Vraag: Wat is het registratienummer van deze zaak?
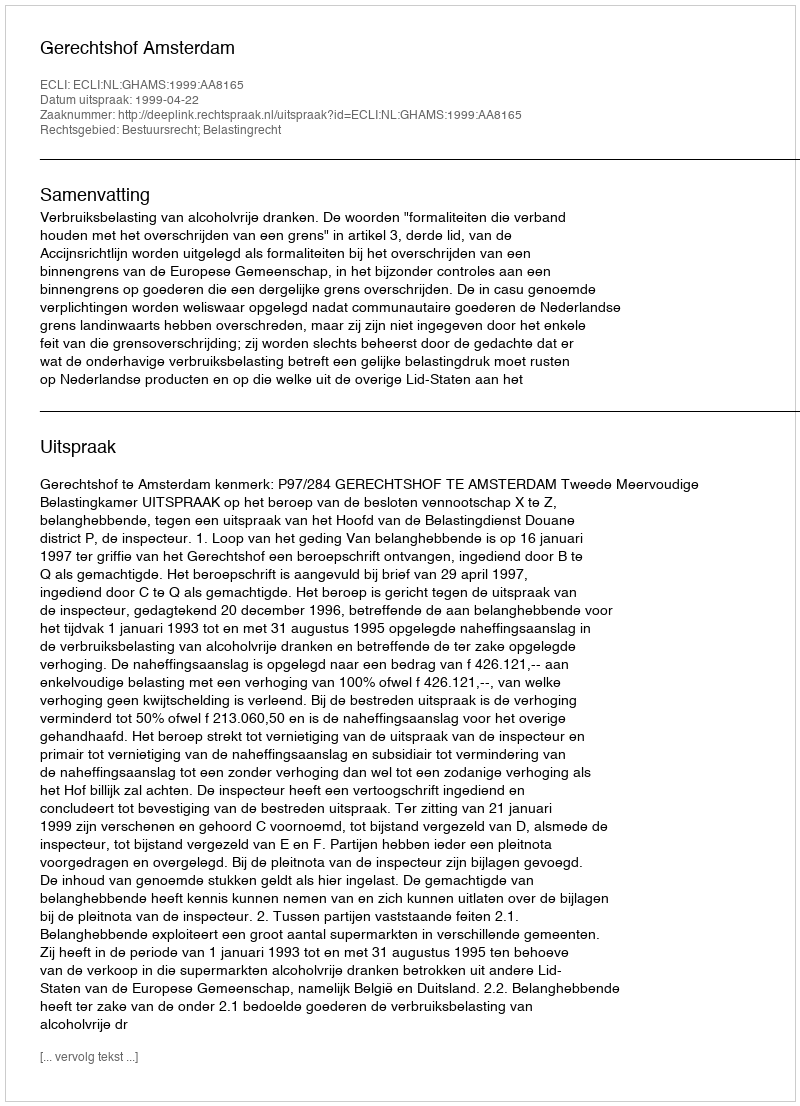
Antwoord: http://deeplink.rechtspraak.nl/uitspraak?id=ECLI:NL:GHAMS:1999:AA8165